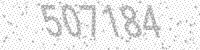
Solution: 507184